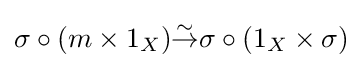
\sigma \circ (m\times 1_{X}){\overset {\sim }{\to }}\sigma \circ (1_{X}\times \sigma )